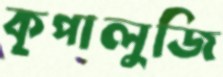
কৃপালুজি